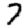
Digit: 7